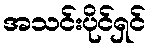
အသင်းပိုင်ရှင်